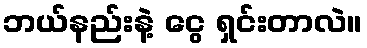
ဘယ်နည်းနဲ့ ငွေ ရှင်းတာလဲ။